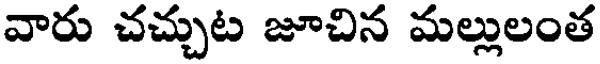
వారు చచ్చుట జూచిన మల్లులంత